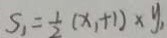
S _ { 1 } = \frac { 1 } { 2 } ( x , + 1 ) \times y _ { 1 }